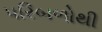
પરિબળોથી